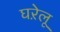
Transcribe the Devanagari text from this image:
घऱेलू